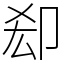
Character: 㕁